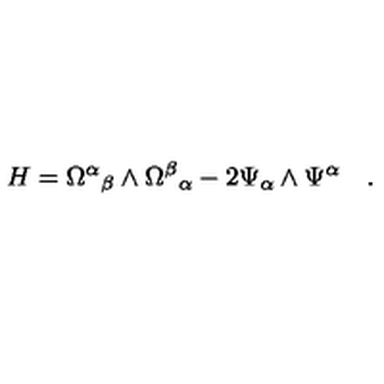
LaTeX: H = { \Omega ^ { \alpha } } _ { \beta } \wedge { \Omega ^ { \beta } } _ { \alpha } - 2 \Psi _ { \alpha } \wedge \Psi ^ { \alpha } \quad .